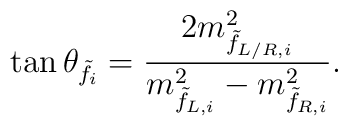
\tan \theta_{\tilde{f}_i} = \frac{2  m_{\tilde{f}_{L/R,i}}^2}{m_{\tilde{f}_{L,i}}^2 -   m_{\tilde{f}_{R,i}}^2}.